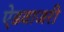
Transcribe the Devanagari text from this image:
ऐडवाजरी